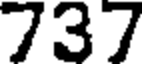
737